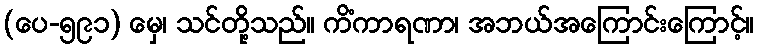
(ပေ-၅၉၁) မှေ၊ သင်တို့သည်။ ကိံကာရဏာ၊ အဘယ်အကြောင်းကြောင့်။